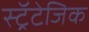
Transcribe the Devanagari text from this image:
स्ट्रॅटेजिक